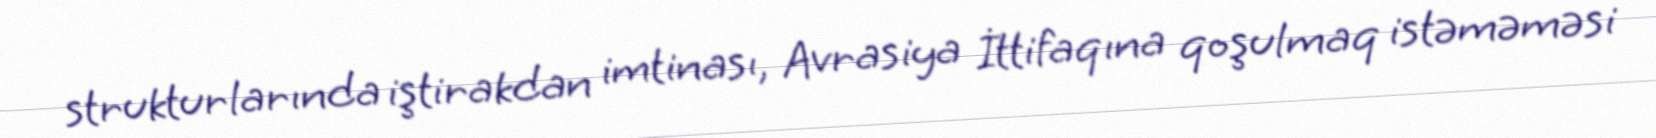
strukturlarında iştirakdan imtinası, Avrasiya İttifaqına qoşulmaq istəməməsi